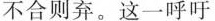
不合则弃。这一呼吁